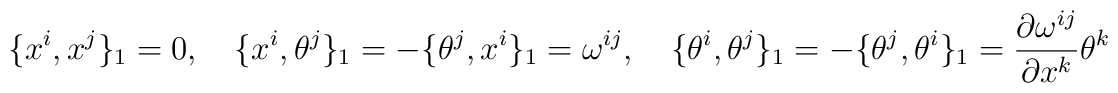
\{x^i, x^j\}_{1}=0,\quad \{x^i, \theta^j\}_{1}= -\{\theta^{j}, x^{i}\}_{1} =\omega^{ij},\quad\{\theta^i, \theta^j\}_{1}=-\{\theta^j, \theta^i\}_{1}=\frac{\partial\omega^{ij}}{\partial x^k}\theta^k